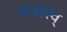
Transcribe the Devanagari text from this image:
राजस्व्